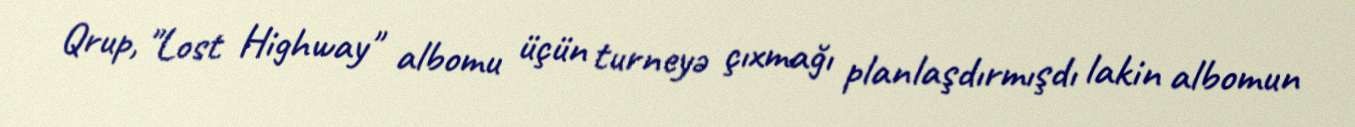
Qrup, "Lost Highway" albomu üçün turneyə çıxmağı planlaşdırmışdı lakin albomun